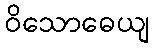
ဝိသောဓေယျ